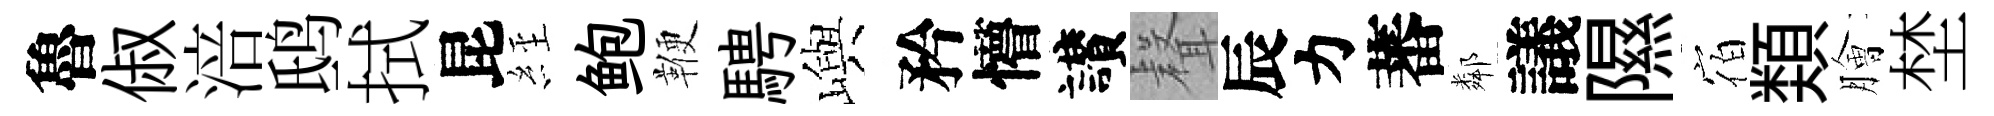
魯俶涪鸱拭昆𦀇鲍鞭騁嶼矜懵讃𮋻辰力蕃鄰議隰宿𩔖膾埜